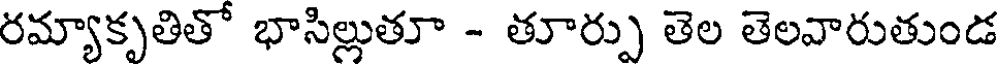
రమ్యాకృతితో భాసిల్లుతూ - తూర్పు తెల తెలవారుతుండ